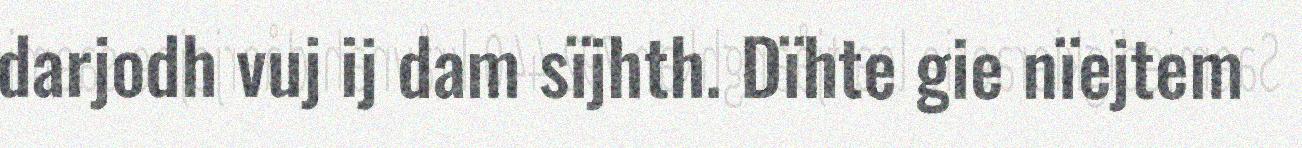
darjodh vuj ij dam sïjhth. Dïhte gie nïejtem